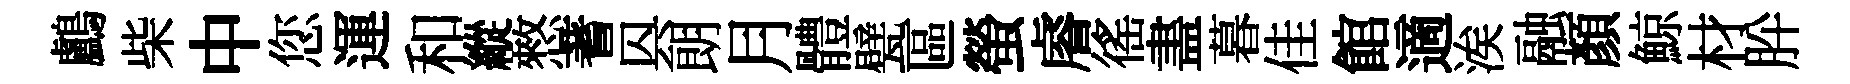
鸕柴中您運和縱憗蓍㒷朗月體甓區螢𥈠徭𥁞暮佳館適涘融顔鯨材肸